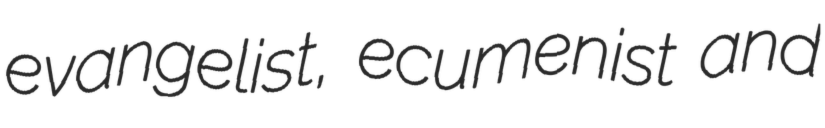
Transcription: evangelist, ecumenist and